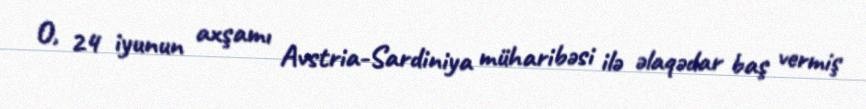
O, 24 iyunun axşamı Avstria-Sardiniya müharibəsi ilə əlaqədar baş vermiş